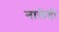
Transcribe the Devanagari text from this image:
नालेही